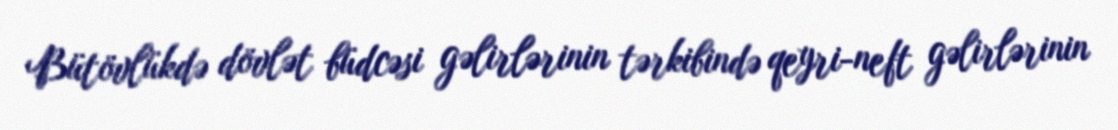
Bütövlükdə dövlət büdcəsi gəlirlərinin tərkibində qeyri-neft gəlirlərinin